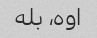
اوه، بله